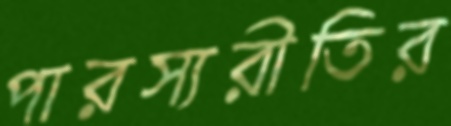
পারস্যরীতির